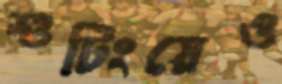
শুটিংয়েও